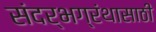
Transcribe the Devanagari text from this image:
संदर्भग्रंथासाठी